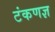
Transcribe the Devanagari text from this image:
टंकणज्ञ